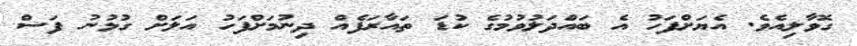
ގޮވާލިއެވެ. އެޔަށްފަހު އެ ބައްދަލުވުމުގެ ކުޑަ ތައާރަފެއް ދިނުމަށްފަހު އަލަށް ގުޅުނު ފަސް